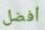
أفضل